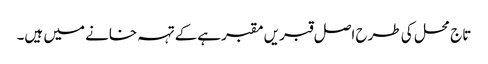
تاج محل کی طرح اصل قبریں مقبرہےکے تہہ خانے میں ہیں۔